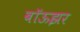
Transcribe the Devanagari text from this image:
बॉऊझर